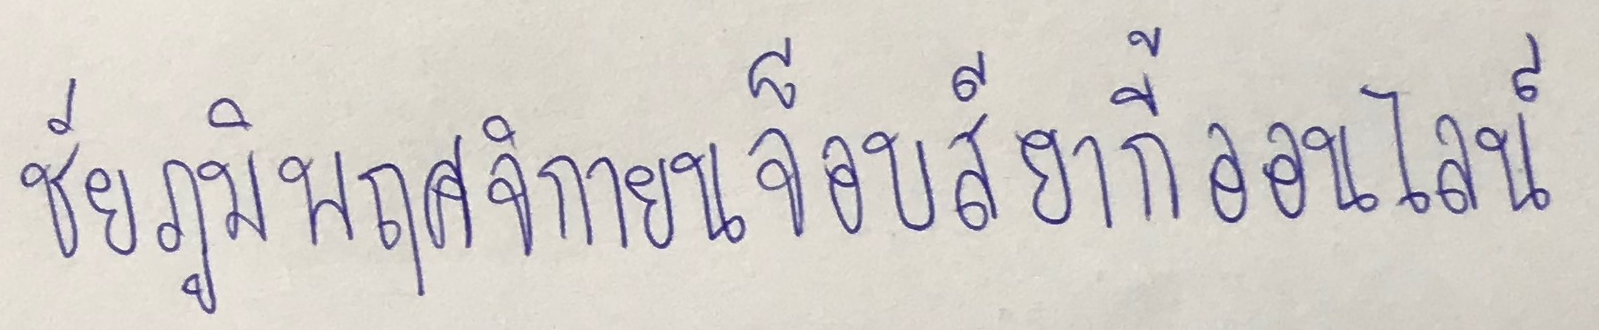
ชัยภูมิพฤศจิกายนจ็อบส์ยากี้ออนไลน์